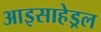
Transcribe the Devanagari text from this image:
आइसाहेड्रल